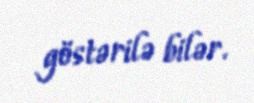
göstərilə bilər.